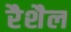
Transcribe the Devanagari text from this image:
रैशैल